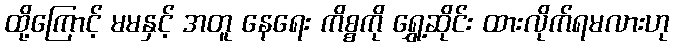
ထို့ကြောင့် မမနှင့် အတူ နေရေး ကိစ္စကို ရွှေ့ဆိုင်း ထားလိုက်ရမလားဟု